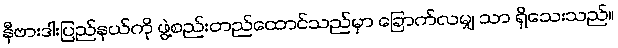
နီဗားဒါးပြည်နယ်ကို ဖွဲ့စည်းတည်ထောင်သည်မှာ ခြောက်လမျှ သာ ရှိသေးသည်။